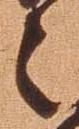
之